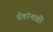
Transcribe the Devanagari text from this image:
बँकांनाही